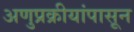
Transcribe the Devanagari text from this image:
अणुप्रक्रीयांपासून